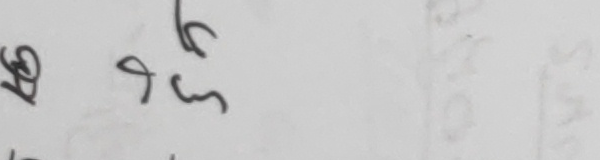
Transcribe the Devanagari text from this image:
६०  १६cm